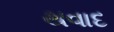
થવાદ